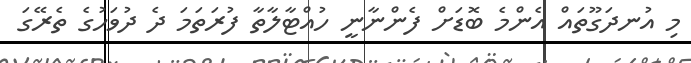
މި އުނދަގޫތައް އެންމެ ބޮޑަށް ފެންނާނީ ހުއްޓާލާތާ ފުރަތަމަ ދެ ދުވަހުގެ ތެރޭގަ